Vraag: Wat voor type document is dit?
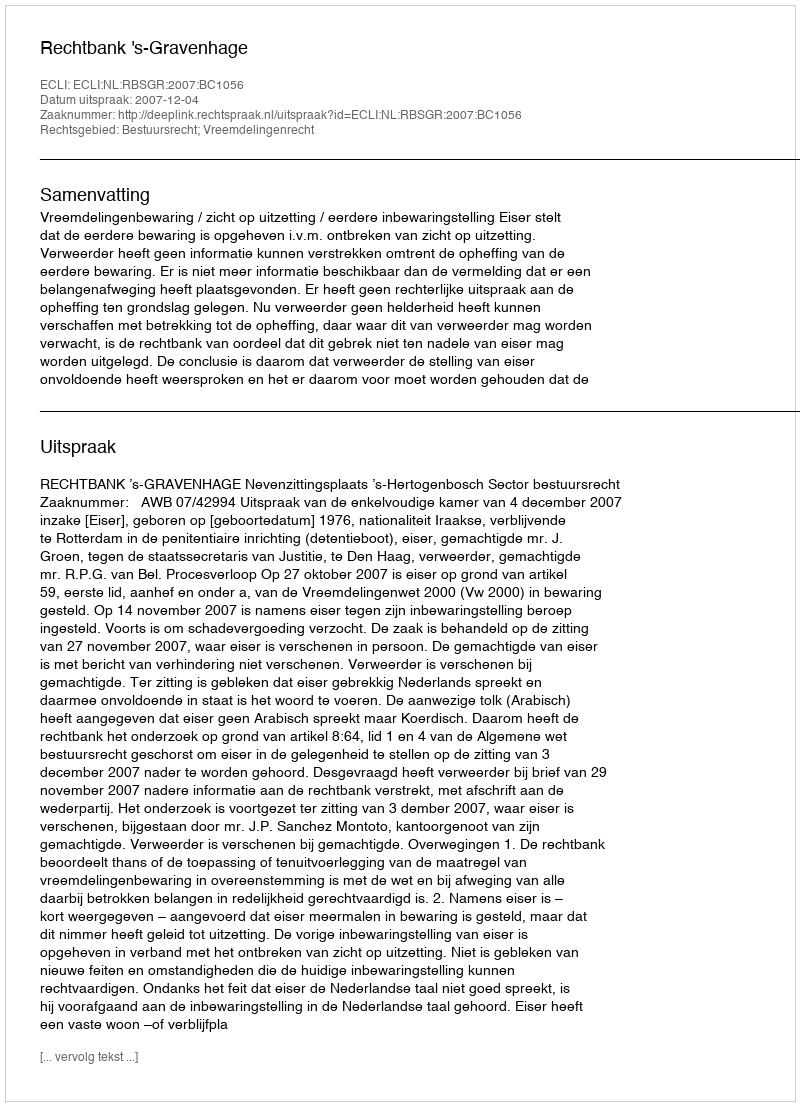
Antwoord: Uitspraak